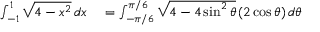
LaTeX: \begin{array} { r l } { \int _ { - 1 } ^ { 1 } { \sqrt { 4 - x ^ { 2 } } } \, d x } & { { } = \int _ { - \pi / 6 } ^ { \pi / 6 } { \sqrt { 4 - 4 \sin ^ { 2 } \theta } } \, ( 2 \cos \theta ) \, d \theta } \end{array}